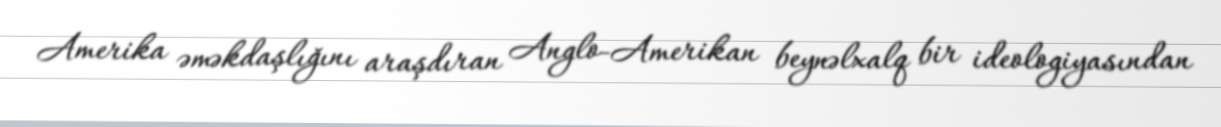
Amerika əməkdaşlığını araşdıran Anglo-Amerikan beynəlxalq bir ideologiyasından